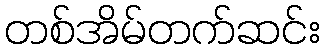
တစ်အိမ်တက်ဆင်း